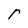
Character: r